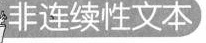
非连续性文本